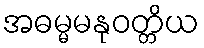
အဓမ္မမနုဝတ္တိယ